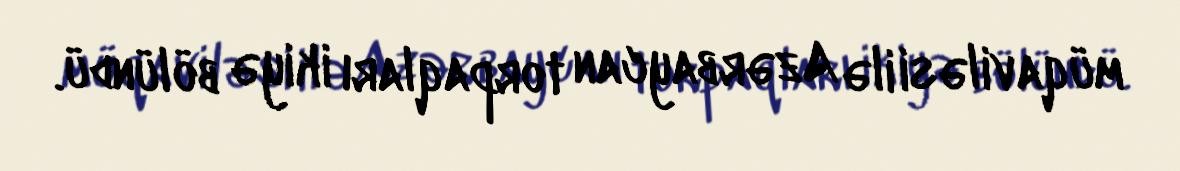
müqaviləsi ilə Azərbaycan torpaqları ikiyə bölündü.